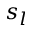
s _ { l }